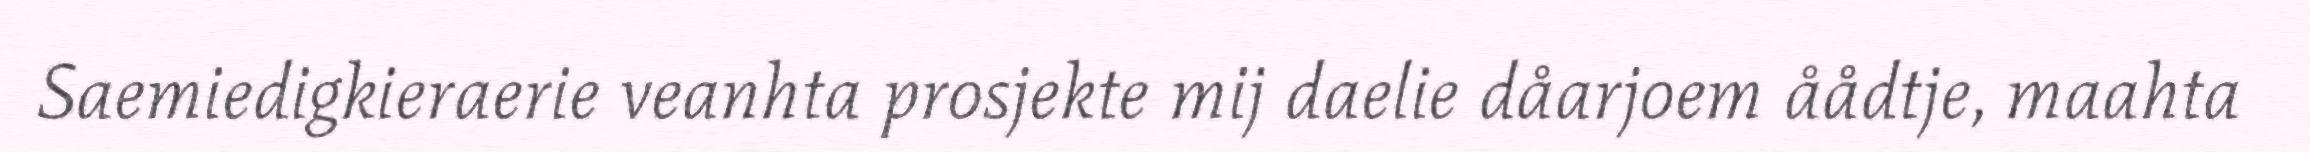
Saemiedigkieraerie veanhta prosjekte mij daelie dåarjoem åådtje, maahta